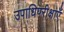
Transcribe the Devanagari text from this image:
उपाधिपरीक्षाएँ